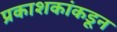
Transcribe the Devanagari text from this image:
प्रकाशकांकडून